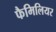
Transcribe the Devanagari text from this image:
फैमिलियर